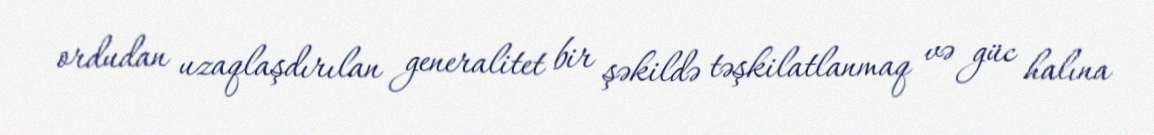
ordudan uzaqlaşdırılan generalitet bir şəkildə təşkilatlanmaq və güc halına